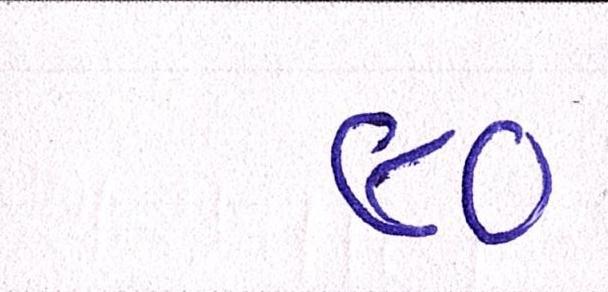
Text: ૯૦